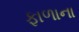
ફાળાના